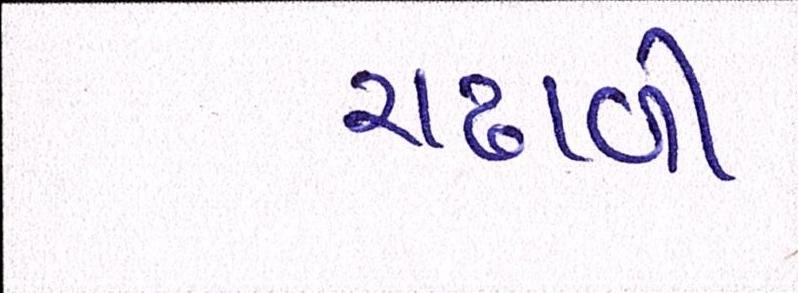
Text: ચઢાવી